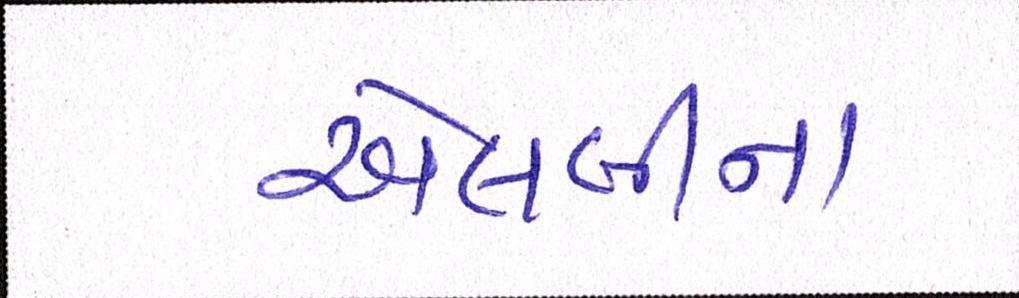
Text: એલબીના